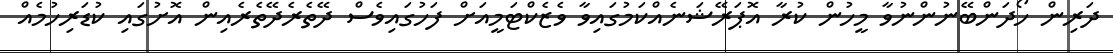
ދަރިން ހޯދަންބޭނުންނުވާ މީހުން ކުރާ އޮޕަރޭޝަނެއްކަމުގައިވާ ވެޒެކްޓަމީއަށް ފަހުގައިވެސް ދޭތެރެދޭތެރެއިން އޮށުގައި ކުޑަރިހުމެއް